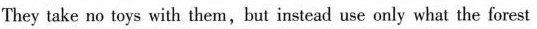
They take no toys with them,but instead use only what the forest